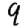
Digit: 9